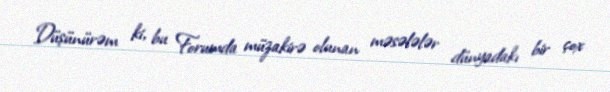
Düşünürəm ki, bu Forumda müzakirə olunan məsələlər dünyadakı bir çox